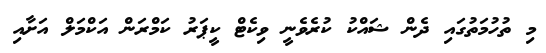
މި ތުހުމަތުގައި ދެން ޝައްކު ކުރެވެނީ ވިކެޓް ކީޕަރު ކަމްރަން އަކްމަލް އަށާއި